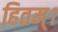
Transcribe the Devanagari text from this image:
हितम्।